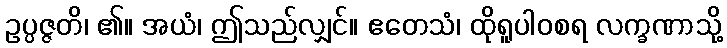
ဥပ္ပဇ္ဇတိ၊ ၏။ အယံ၊ ဤသည်လျှင်။ ဧတေသံ၊ ထိုရူပါဝစရ လက္ခဏာသို့